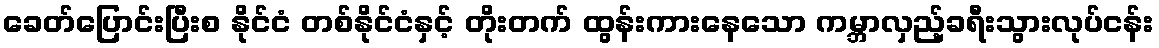
ခေတ်ပြောင်းပြီးစ နိုင်ငံ တစ်နိုင်ငံနှင့် တိုးတက် ထွန်းကားနေသော ကမ္ဘာလှည့်ခရီးသွားလုပ်ငန်း